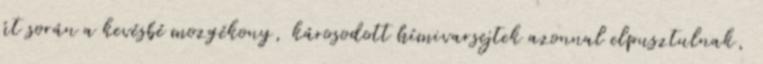
út során a kevésbé mozgékony, károsodott hímivarsejtek azonnal elpusztulnak,